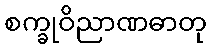
စက္ခုဝိညာဏဓာတု